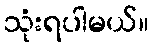
သုံးရပါမယ်။